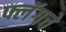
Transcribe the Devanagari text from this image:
फ्लॅगचे